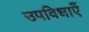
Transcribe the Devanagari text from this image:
उपविधाएँ